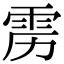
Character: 雳